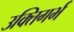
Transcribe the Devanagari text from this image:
उक्तिगर्भ